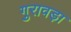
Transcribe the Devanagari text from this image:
गुरावड़ा